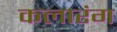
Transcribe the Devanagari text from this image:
कलारंग